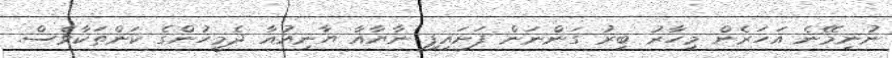
ނުނިމޭނެ އަހަރެން މިހާރު ބިރު ގަންނަން ފަށައިފި ނާޔާއާ ޔާނިއުއާ ދެމީހުންގެ ކަންތަކާވެސް.